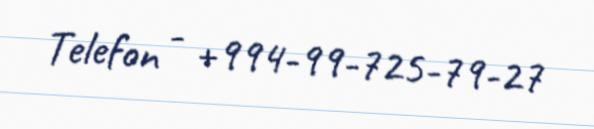
Telefon - +994-99-725-79-27